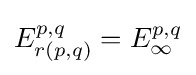
E_{r(p,q)}^{p,q}=E_{\infty }^{p,q}